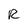
Character: R